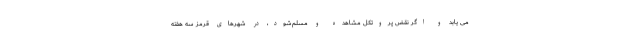
می یابد و اگر نقض پروتکل مشاهده و مسلم‌شود، در شهرهای قرمز سه هفته